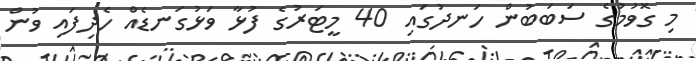
މި ގޮވުމުގެ ސަބަބުން ހަނދުގައި 40 މީޓަރުގެ ފުޅާ ވަޅުގަނޑެއް ހެދިފައި ވުން